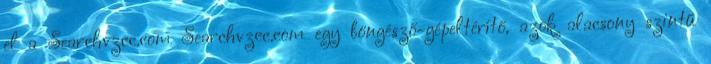
el a Searchvzcc.com Searchvzcc.com egy böngésző-gépeltérítő, azok alacsony szintű